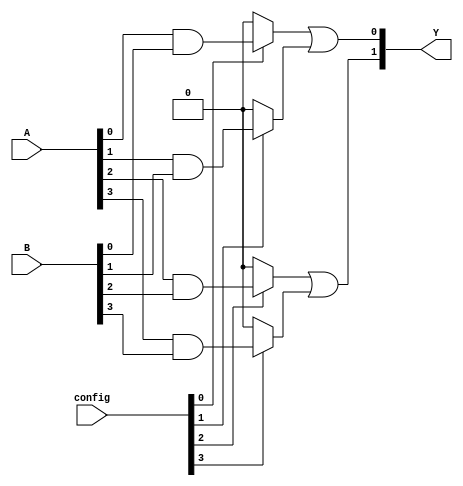
module PAL (
    input wire [3:0] A,       // 4 input signals
    input wire [3:0] B,       // 4 input signals (for complements)
    input wire [3:0] config,  // Configuration for AND gates
    output wire [1:0] Y       // 2 output signals
);

// Intermediate product terms from the AND gates
wire [3:0] P; // Product terms

// Programmable AND gates
assign P[0] = (config[0]) ? (A[0] & B[0]) : 0; // AND Gate 1
assign P[1] = (config[1]) ? (A[1] & B[1]) : 0; // AND Gate 2
assign P[2] = (config[2]) ? (A[2] & B[2]) : 0; // AND Gate 3
assign P[3] = (config[3]) ? (A[3] & B[3]) : 0; // AND Gate 4

// Fixed OR gates
assign Y[0] = P[0] | P[1]; // OR Gate 1 (combining product terms)
assign Y[1] = P[2] | P[3]; // OR Gate 2 (combining product terms)

endmodule